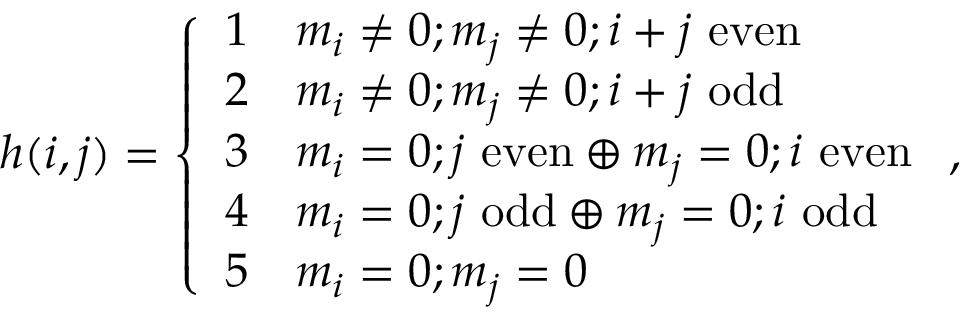
h ( i , j ) = \left\{ \begin{array} { l l } { 1 } & { m _ { i } \neq 0 ; m _ { j } \neq 0 ; i + j \mathrm { ~ e v e n } } \\ { 2 } & { m _ { i } \neq 0 ; m _ { j } \neq 0 ; i + j \mathrm { ~ o d d } } \\ { 3 } & { m _ { i } = 0 ; j \mathrm { ~ e v e n } \oplus m _ { j } = 0 ; i \mathrm { ~ e v e n } } \\ { 4 } & { m _ { i } = 0 ; j \mathrm { ~ o d d } \oplus m _ { j } = 0 ; i \mathrm { ~ o d d } } \\ { 5 } & { m _ { i } = 0 ; m _ { j } = 0 } \end{array} \right. ,